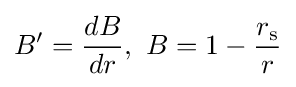
B'={\frac {dB}{dr}},\ B=1-{\frac {r_{\text{s}}}{r}}